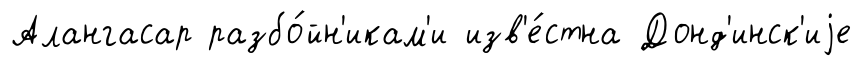
Алангасар разбо́йн'икам'и изв'е́стна Донд'инск'иjе